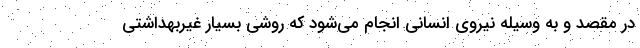
در مقصد و به وسیله نیروی انسانی انجام می‌شود که روشی بسیار غیربهداشتی